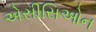
એસીસિઓન